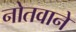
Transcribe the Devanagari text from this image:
नोतवाने